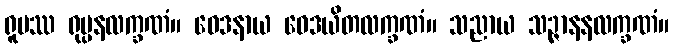
ရူပဿ ရုပ္ပနလက္ခဏံ။ ဝေဒနာယ ဝေဒယိတလက္ခဏံ။ သညာယ သဉ္ဇာနနလက္ခဏံ။